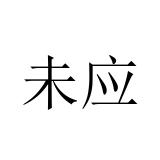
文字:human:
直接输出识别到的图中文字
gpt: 未应